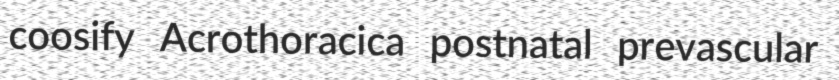
coosify Acrothoracica postnatal prevascular